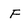
Character: F